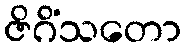
ဇိဂိံသတော